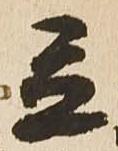
立